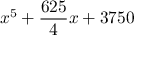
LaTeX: x ^ { 5 } + { \frac { 6 2 5 } { 4 } } x + 3 7 5 0